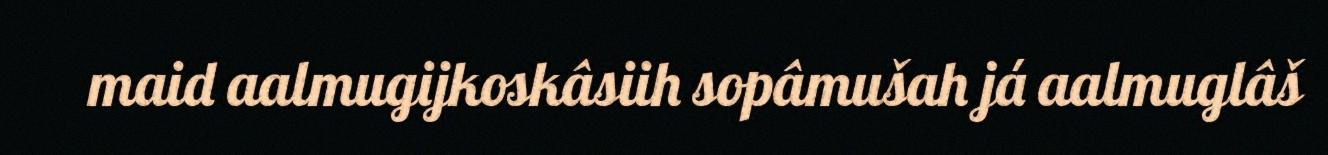
maid aalmugijkoskâsiih sopâmušah já aalmuglâš